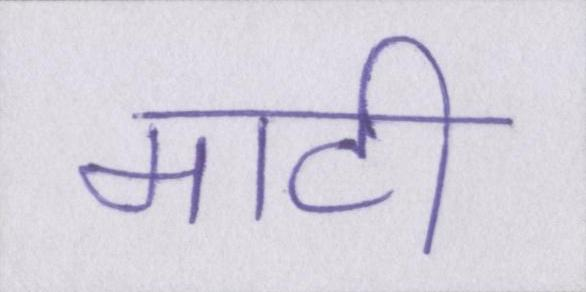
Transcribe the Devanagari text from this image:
माटी